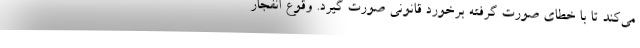
می‌کند تا با خطای صورت گرفته برخورد قانونی صورت گیرد. وقوع انفجار